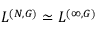
L ^ { ( N , G ) } \simeq L ^ { ( \infty , G ) }